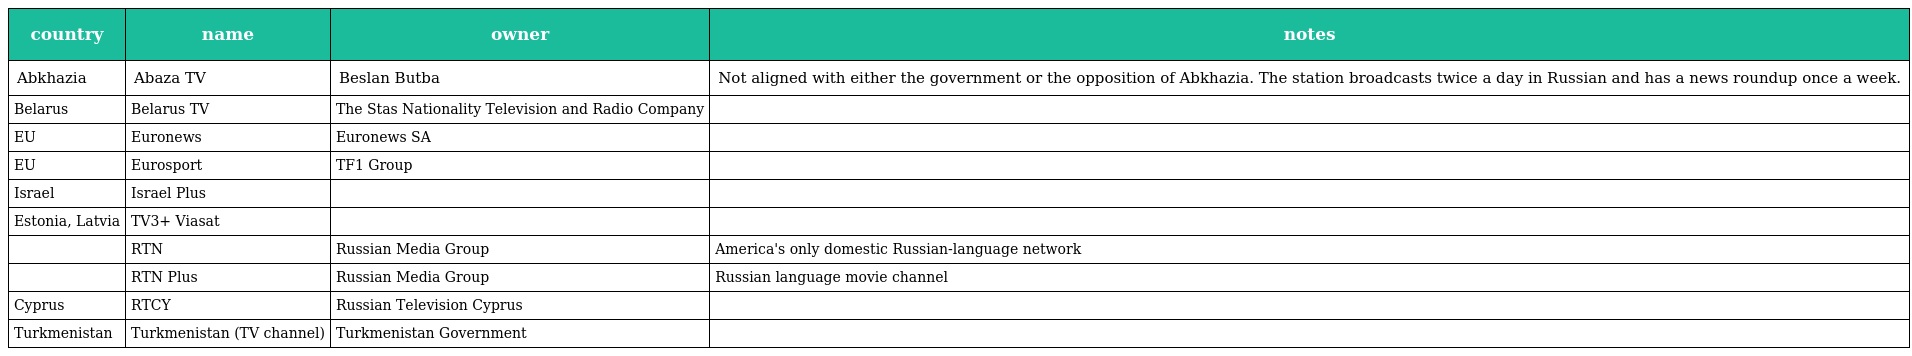
| country | name | owner | notes |
 | --- | --- | --- | --- |
 | Abkhazia | Abaza TV | Beslan Butba | Not aligned with either the government or the opposition of Abkhazia. The station broadcasts twice a day in Russian and has a news roundup once a week. |
 | Belarus | Belarus TV | The Stas Nationality Television and Radio Company |  |
 | EU | Euronews | Euronews SA |  |
 | EU | Eurosport | TF1 Group |  |
 | Israel | Israel Plus |  |  |
 | Estonia, Latvia | TV3+ Viasat |  |  |
 |  | RTN | Russian Media Group | America's only domestic Russian-language network |
 |  | RTN Plus | Russian Media Group | Russian language movie channel |
 | Cyprus | RTCY | Russian Television Cyprus |  |
 | Turkmenistan | Turkmenistan (TV channel) | Turkmenistan Government |  |